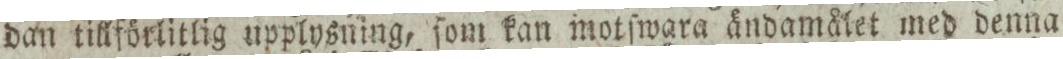
dan tillförlitlig upplysning, ſom kan motſwara ändamålet med denna